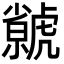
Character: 𧈅